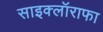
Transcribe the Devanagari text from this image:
साइक्लॉराफा